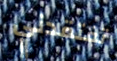
تفتقدني